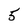
Character: 5